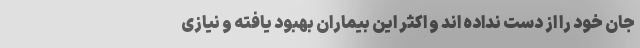
جان خود را از دست نداده اند و اکثر این بیماران بهبود یافته و نیازی